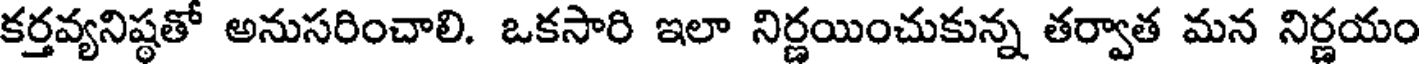
కర్తవ్యనిష్ఠతో అనుసరించాలి. ఒకసారి ఇలా నిర్ణయించుకున్న తర్వాత మన నిర్ణయం